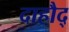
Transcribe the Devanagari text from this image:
दाहौद्